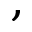
,